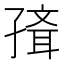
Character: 𡦍